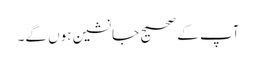
آپ کے صحیح جانشین ہوں گے۔